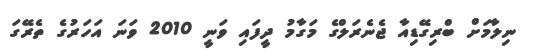
ނިލާމަށް ބްރިގޭޑިއާ ޖެނެރަލްގެ މަގާމު ދީފައި ވަނީ 2010 ވަނަ އަހަރުގެ ތެރޭގަ